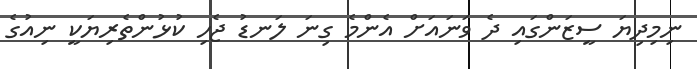
ނިމިދިޔަ ސީޒަންގައި ދެ ވަނައަށް އެންމެ ގިނަ ލަނޑު ޖެހި ކުޅުންތެރިޔަކީ ނިއުގެ